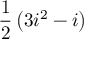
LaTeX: { \frac { 1 } { 2 } } \left( 3 i ^ { 2 } - i \right)